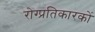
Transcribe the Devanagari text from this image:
रोग्प्रतिकारकों